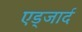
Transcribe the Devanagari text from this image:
एड्जार्द